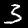
Digit: 3